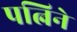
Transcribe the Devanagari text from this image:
पत्निने